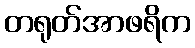
တရုတ်အာဖရိက